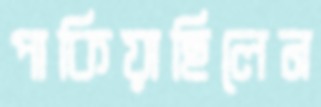
পাকিয়াছিলেন